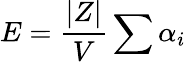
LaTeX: E=\frac{|Z|}{V}\sum\alpha_{i}